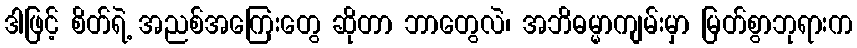
ဒါဖြင့် စိတ်ရဲ့ အညစ်အကြေးတွေ ဆိုတာ ဘာတွေလဲ၊ အဘိဓမ္မာကျမ်းမှာ မြတ်စွာဘုရားက